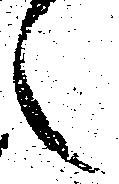
之